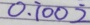
0 , \dot { 1 } 0 0 \dot { 2 }